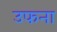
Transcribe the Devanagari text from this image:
उफना